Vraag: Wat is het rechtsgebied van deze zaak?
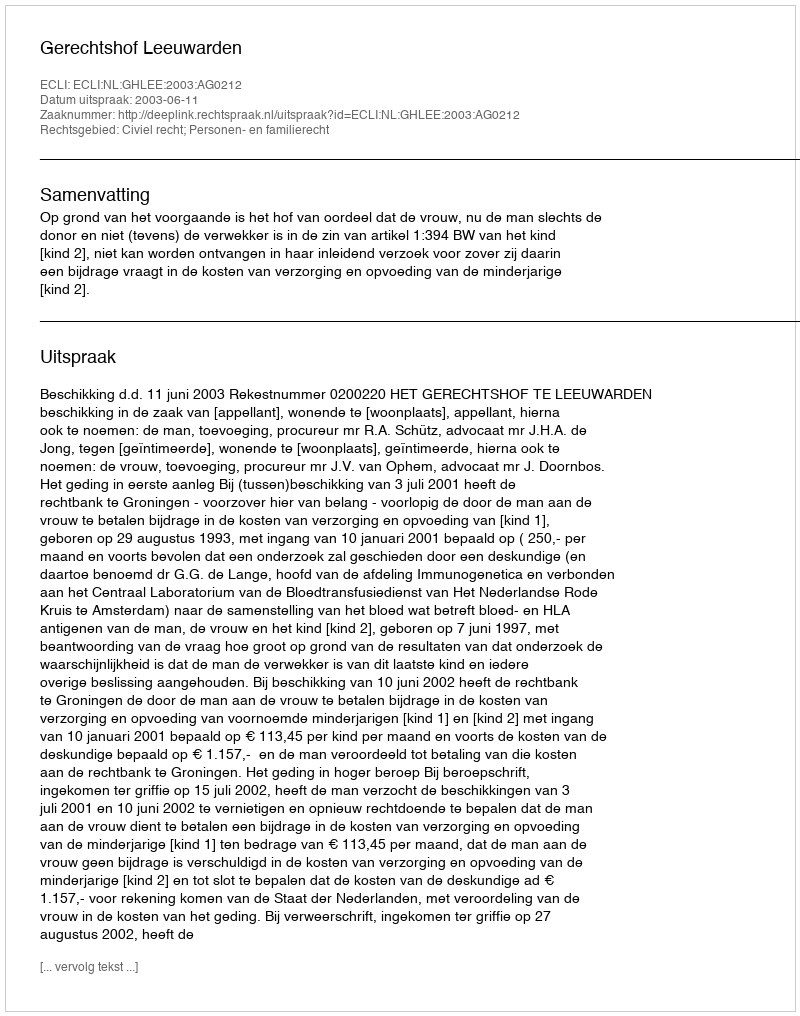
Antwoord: Civiel recht; Personen- en familierecht